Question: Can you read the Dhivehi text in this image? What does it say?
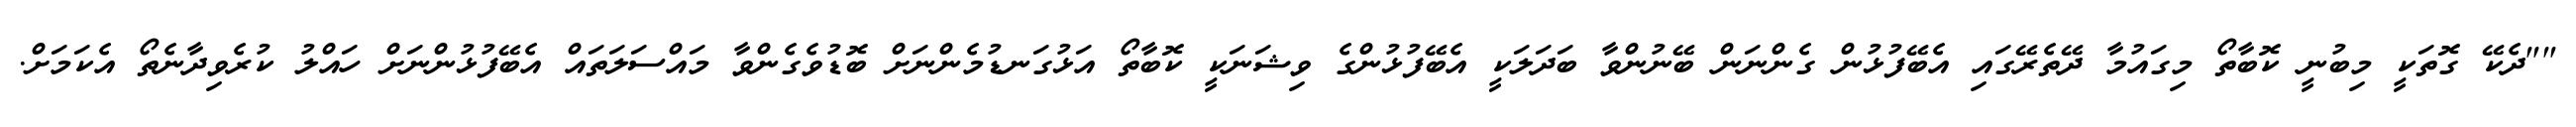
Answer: ""ދެކޭ ގޮތަކީ މިބުނީ ކޮބާތޯ މިގައުމާ ދޭތެރޭގައި އެބޭފުޅުން ގެންނަން ބޭނުންވާ ބަދަލަކީ އެބޭފުޅުންގެ ވިޝަނަކީ ކޮބާތޯ އަޅުގަނޑުމެންނަށް ބޮޑުވެގެންވާ މައްސަލަތައް އެބޭފުޅުންނަށް ހައްލު ކުރެވިދާނެތޯ އެކަމަށް.